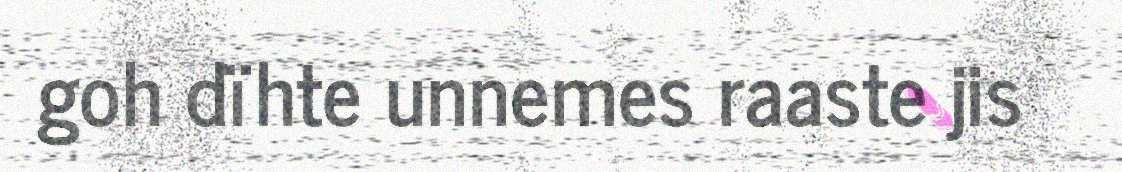
goh dïhte unnemes raaste jis